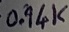
Text: 0.94K